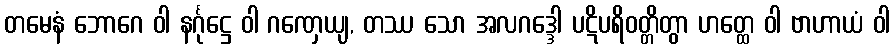
တမေနံ ဘောဂေ ဝါ နင်္ဂုဋ္ဌေ ဝါ ဂဏှေယျ, တဿ သော အလဂဒ္ဒေါ ပဋိပရိဝတ္တိတွာ ဟတ္ထေ ဝါ ဗာဟာယံ ဝါ